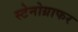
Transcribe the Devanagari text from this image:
स्टेनोग्राफर